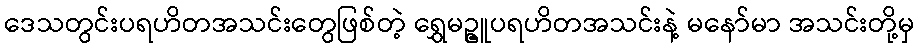
ဒေသတွင်းပရဟိတအသင်းတွေဖြစ်တဲ့ ရွှေမဥ္ဇူပရဟိတအသင်းနဲ့ မနော်မာ အသင်းတို့မှ